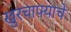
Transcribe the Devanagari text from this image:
खुरचाफ्याचे